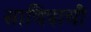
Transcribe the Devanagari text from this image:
सावित्राची